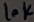
Text: 10K